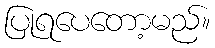
ပြုရပေတော့မည်။